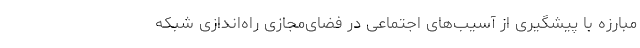
مبارزه با پیشگیری از آسیب‌های اجتماعی در فضای‌مجازی راه‌اندازی شبکه